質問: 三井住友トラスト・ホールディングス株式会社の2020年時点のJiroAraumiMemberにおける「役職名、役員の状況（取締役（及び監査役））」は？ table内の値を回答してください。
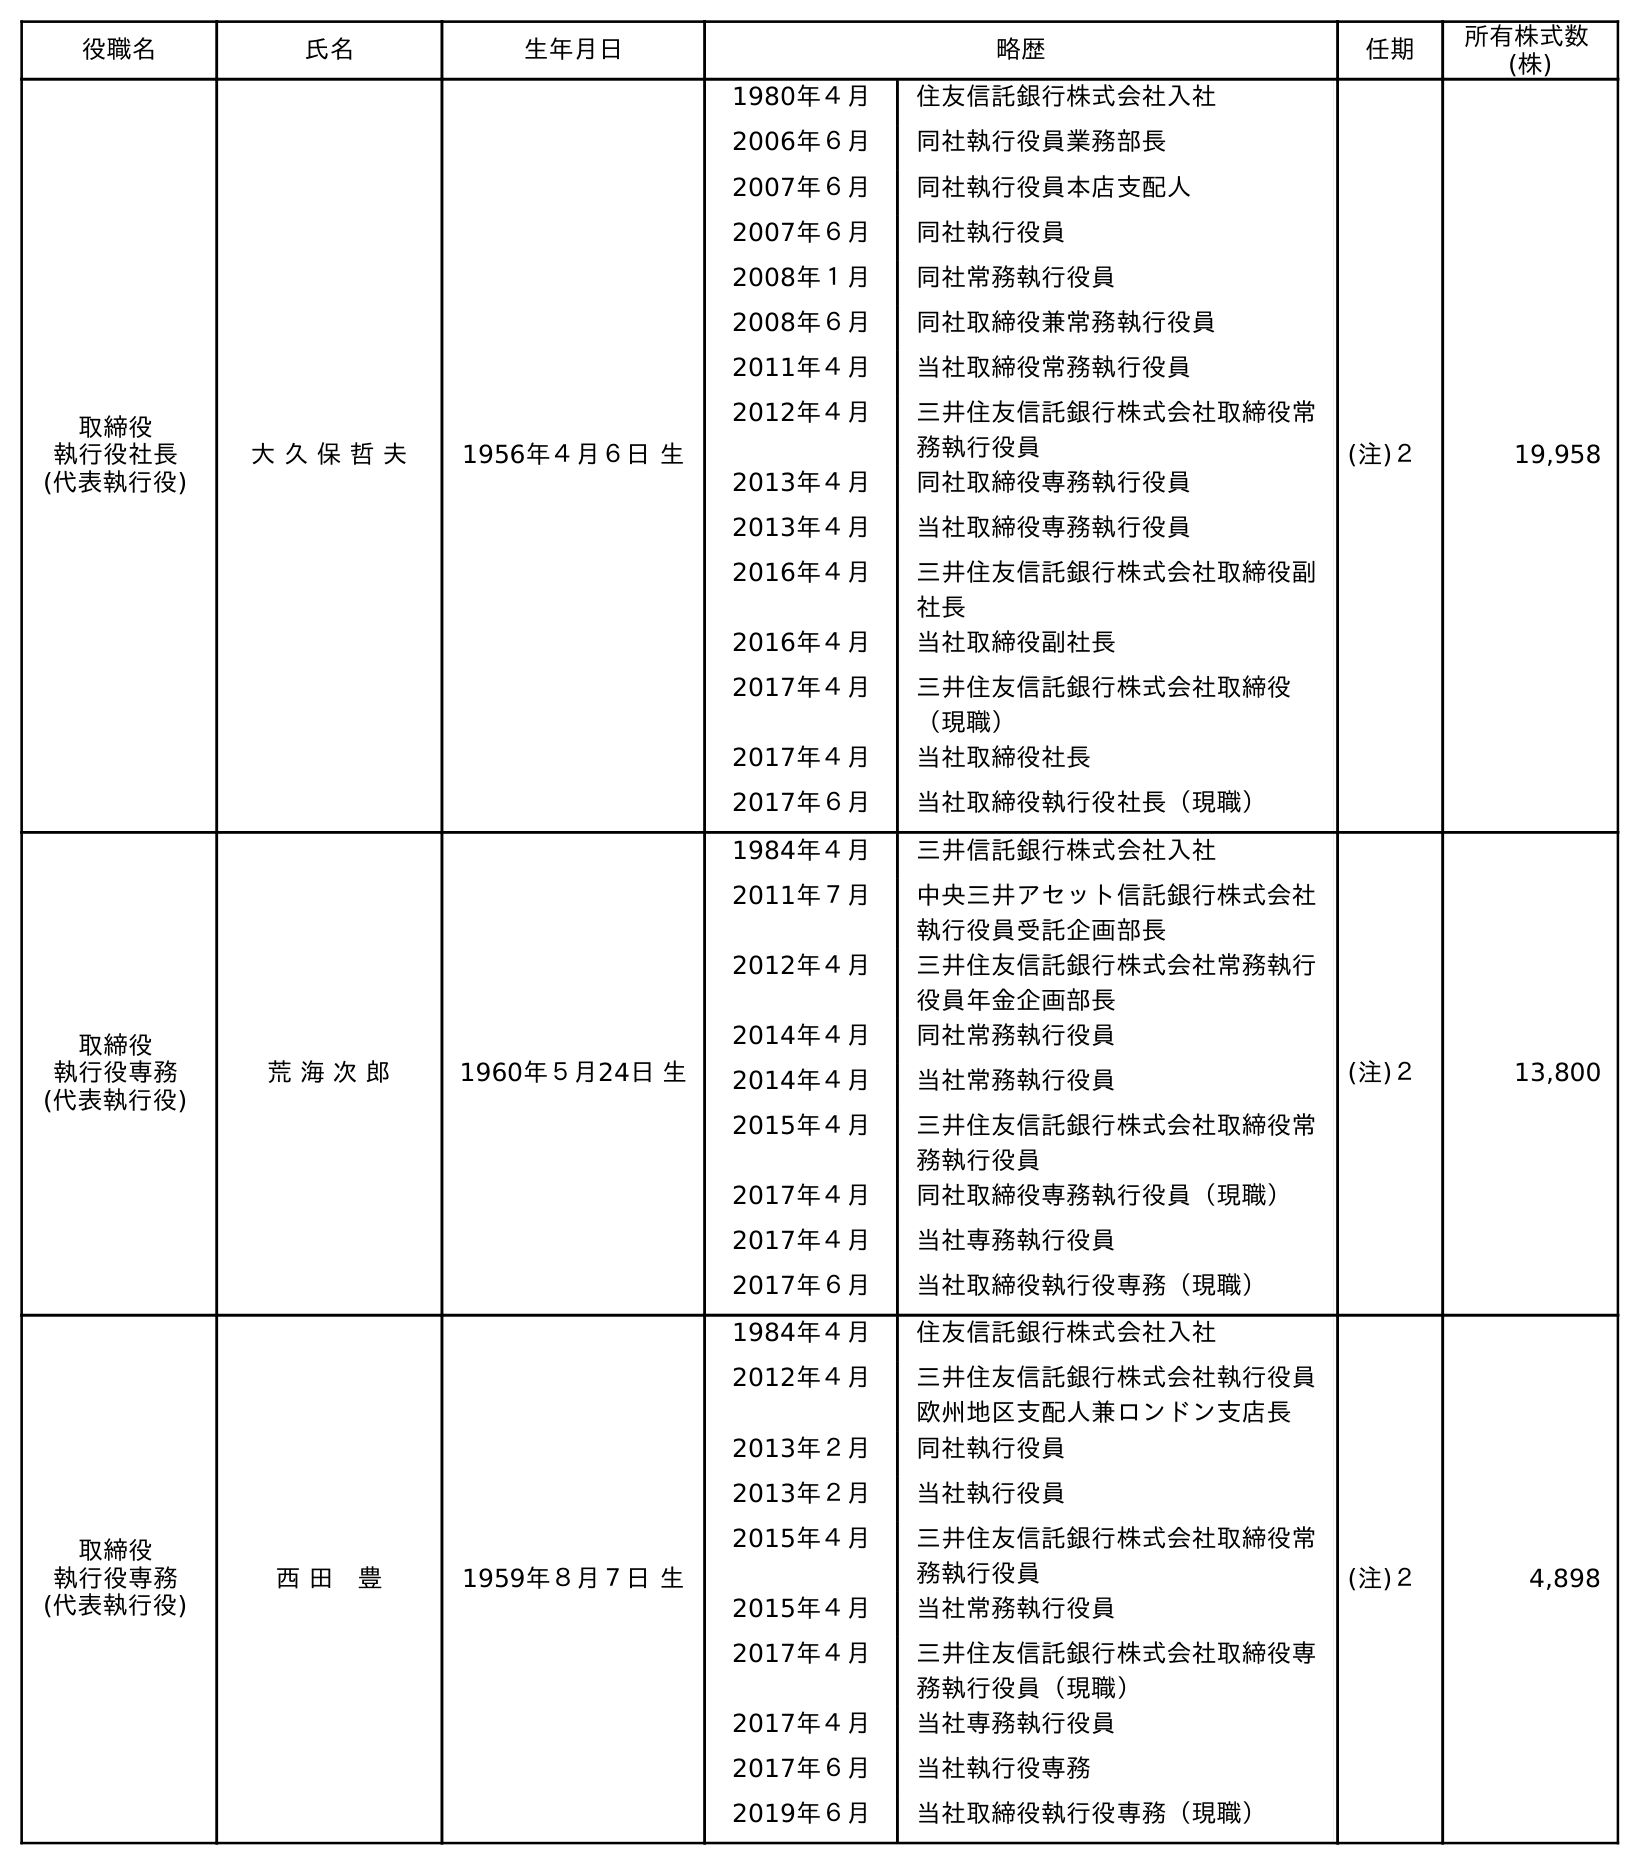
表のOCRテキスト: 役職名 氏名 生年月日 略歴 任期 所有株式数 (株) 取締役 執行役社長 (代表執行役) 大 久 保 哲 夫 1956年４月６日 生 1980年４月 住友信託銀行株式会社入社 2006年６月 同社執行役員業務部長 2007年６月 同社執行役員本店支配人 2007年６月 同社執行役員 2008年１月 同社常務執行役員 2008年６月 同社取締役兼常務執行役員 2011年４月 当社取締役常務執行役員 2012年４月 三井住友信託銀行株式会社取締役常 務執行役員 2013年４月 同社取締役専務執行役員 2013年４月 当社取締役専務執行役員 2016年４月 三井住友信託銀行株式会社取締役副 社長 2016年４月 当社取締役副社長 2017年４月 三井住友信託銀行株式会社取締役 （現職） 2017年４月 当社取締役社長 2017年６月 当社取締役執行役社長（現職） (注)２ 19,958 取締役 執行役専務 (代表執行役) 荒 海 次 郎 1960年５月24日 生 1984年４月 三井信託銀行株式会社入社 2011年７月 中央三井アセット信託銀行株式会社 執行役員受託企画部長 2012年４月 三井住友信託銀行株式会社常務執行 役員年金企画部長 2014年４月 同社常務執行役員 2014年４月 当社常務執行役員 2015年４月 三井住友信託銀行株式会社取締役常 務執行役員 2017年４月 同社取締役専務執行役員（現職） 2017年４月 当社専務執行役員 2017年６月 当社取締役執行役専務（現職） (注)２ 13,800 取締役 執行役専務 (代表執行役) 西 田 豊 1959年８月７日 生 1984年４月 住友信託銀行株式会社入社 2012年４月 三井住友信託銀行株式会社執行役員 欧州地区支配人兼ロンドン支店長 2013年２月 同社執行役員 2013年２月 当社執行役員 2015年４月 三井住友信託銀行株式会社取締役常 務執行役員 2015年４月 当社常務執行役員 2017年４月 三井住友信託銀行株式会社取締役専 務執行役員（現職） 2017年４月 当社専務執行役員 2017年６月 当社執行役専務 2019年６月 当社取締役執行役専務（現職） (注)２ 4,898
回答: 取締役執行役専務(代表執行役)